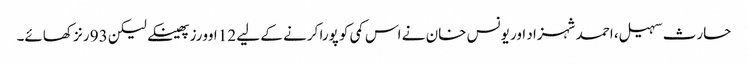
حارث سہیل، احمد شہزاد اور یونس خان نے اس کمی کو پورا کرنے کے لیے 12 اوورز پھینکے لیکن 93 رنز کھائے۔